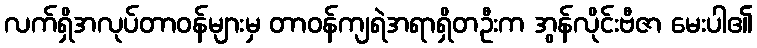
လက်ရှိအလုပ်တာဝန်များမှ တာဝန်ကျရဲအရာရှိတဦးက အွန်လိုင်းဗီဇာ မေးပါ၏